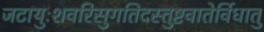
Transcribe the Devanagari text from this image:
जटायुःशवरिसुगतिदस्तुष्टवातेर्विधातु